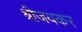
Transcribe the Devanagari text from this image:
श्रीजयकर